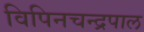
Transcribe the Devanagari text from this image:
विपिनचन्द्रपाल